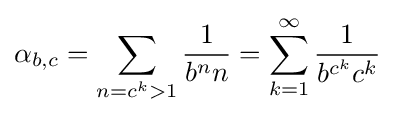
\alpha _{b,c}=\sum _{n=c^{k}>1}{\frac {1}{b^{n}n}}=\sum _{k=1}^{\infty }{\frac {1}{b^{c^{k}}c^{k}}}